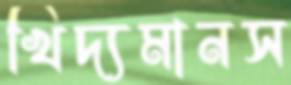
খিদ্যমানস